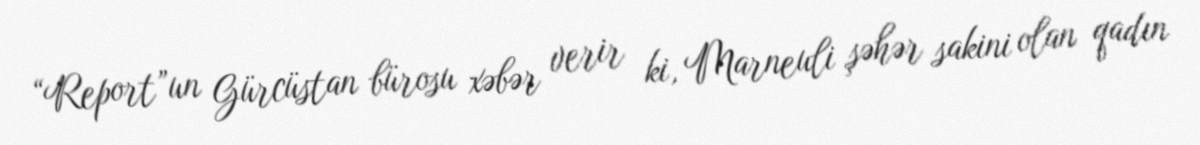
“Report”un Gürcüstan bürosu xəbər verir ki, Marneuli şəhər sakini olan qadın